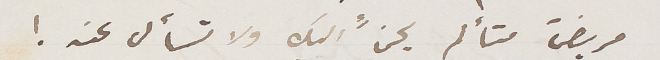
مريضَ متألم يحنُّ اليك ولا تسأل عنه!